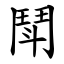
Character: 鬦